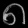
Digit: ၈